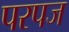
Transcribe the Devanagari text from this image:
परपज